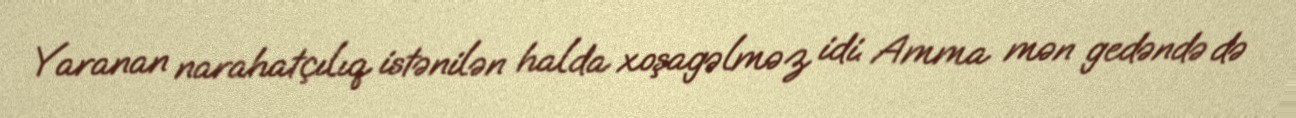
Yaranan narahatçılıq istənilən halda xoşagəlməz idi. Amma mən gedəndə də